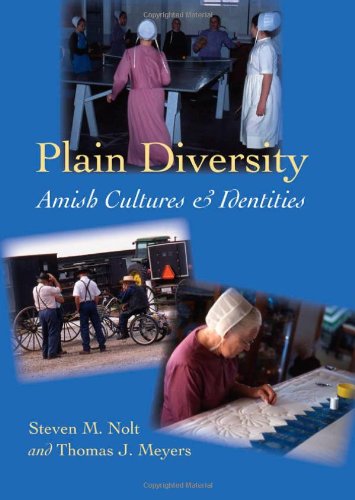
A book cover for Plain Diversity: Amish Cultures and Identities (Young Center Books in Anabaptist and Pietist Studies); Steven M. Nolt; Christian Books & Bibles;